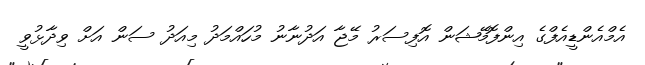
އެމްއެންޑީއެފްގެ އިންފޮމޭޝަން އޮފިސަރު މޭޖާ އަދުނާނު މުހައްމަދު މިއަދު ސަން އަށް ވިދާޅުވީ